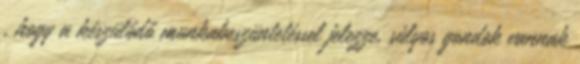
, hogy a készülődő munkabeszüntetéssel jelezze, súlyos gondok vannak